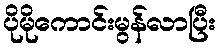
ပိုမိုကောင်းမွန်လာပြီး